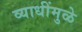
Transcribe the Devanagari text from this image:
व्याधींमुळे